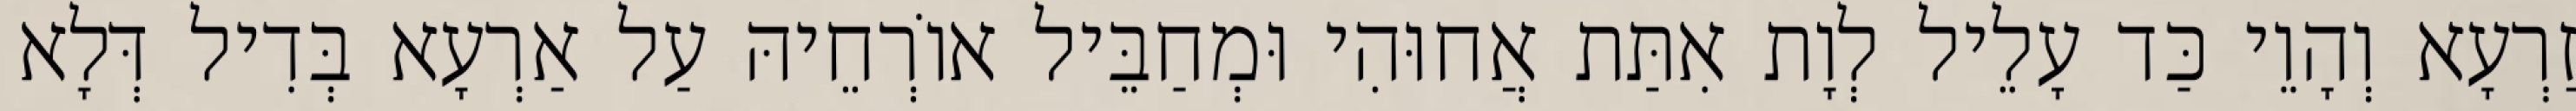
זַרְעָא וְהָוֵי כַּד עָלֵיל לְוָת אִתַּת אֲחוּהִי וּמְחַבֵּיל אוֹרְחֵיהּ עַל אַרְעָא בְּדִיל דְּלָא